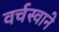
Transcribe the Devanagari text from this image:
वर्चस्वाने